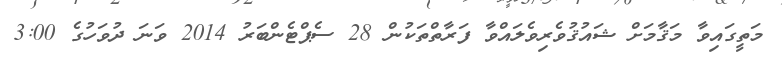
މަތީގައިވާ މަޤާމަށް ޝައުޤުވެރިވެލައްވާ ފަރާތްތަކުން 28 ސެޕްޓެންބަރު 2014 ވަނަ ދުވަހުގެ 3:00